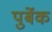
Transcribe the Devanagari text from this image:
पुर्बेक